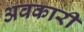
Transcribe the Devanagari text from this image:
अवकारी